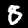
Digit: 8